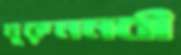
নূরুননবী